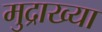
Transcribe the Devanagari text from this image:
मुद्राख्या